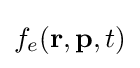
f_{e}(\mathbf {r} ,\mathbf {p} ,t)